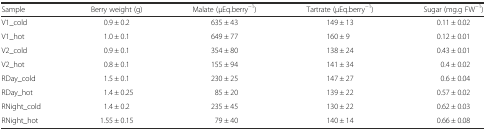
| Sample | Berry weight (g) | Malate (μEq.berry−1) | Tartrate (μEq.berry−1) | Sugar (mg.g FW−1) |
 | --- | --- | --- | --- | --- |
 | V1_cold | 0.9 ± 0.2 | 635 ± 43 | 149 ± 13 | 0.11 ± 0.02 |
 | V1_hot | 1.0 ± 0.1 | 649 ± 77 | 160 ± 9 | 0.12 ± 0.01 |
 | V2_cold | 0.9 ± 0.1 | 354 ± 80 | 138 ± 24 | 0.43 ± 0.01 |
 | V2_hot | 0.8 ± 0.1 | 155 ± 94 | 141 ± 34 | 0.4 ± 0.02 |
 | RDay_cold | 1.5 ± 0.1 | 230 ± 25 | 147 ± 27 | 0.6 ± 0.04 |
 | RDay_hot | 1.4 ± 0.25 | 85 ± 20 | 139 ± 22 | 0.57 ± 0.02 |
 | RNight_cold | 1.4 ± 0.2 | 235 ± 45 | 130 ± 22 | 0.62 ± 0.03 |
 | RNight_hot | 1.55 ± 0.15 | 79 ± 40 | 140 ± 14 | 0.66 ± 0.08 |